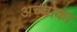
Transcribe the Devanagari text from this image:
अच्चोका